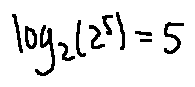
\log _ { 2 } ( 2 ^ { 5 } ) = 5